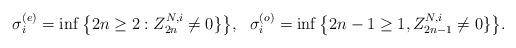
LaTeX: \begin{align*}\sigma_i^{(e)}=\inf\big\{2n\ge 2: Z_{2n}^{N,i}\neq0\}\big\},\ \ \sigma_i^{(o)}=\inf\big\{2n-1\ge 1, Z_{2n-1}^{N,i}\neq0\}\big\}.\end{align*}